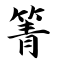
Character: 箐